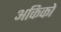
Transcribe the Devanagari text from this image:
अकिको